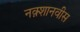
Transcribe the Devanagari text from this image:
नक़्शानवीस